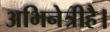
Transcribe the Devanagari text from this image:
अभिनेत्रीहै।